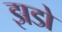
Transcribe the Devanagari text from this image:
झडो